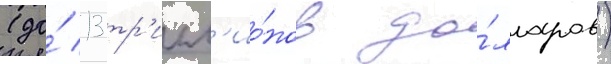
(до́ 13 тр'илл'ио́нов до́лларов)